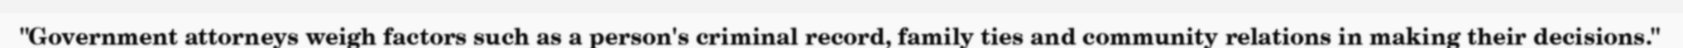
"Government attorneys weigh factors such as a person's criminal record, family ties and community relations in making their decisions."